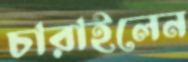
চারাইলেন